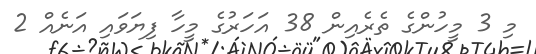
މި 3 މީހުންގެ ތެރެއިން 38 އަހަރުގެ މީހާ ފިޔަވައި އަނެއް 2